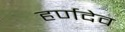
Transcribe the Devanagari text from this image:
हर्णदेव